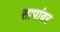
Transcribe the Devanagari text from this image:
सापांवर